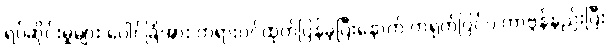
ရပ်ဆိုင်းမှုများ ပေါင်ခြံအား တရားဝင်ထုတ်ပြန်ခဲ့ပြီးနောက် တရုတ်ပြင်ပ ကာဗွန်နည်းပြီး